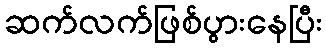
ဆက်လက်ဖြစ်ပွားနေပြီး